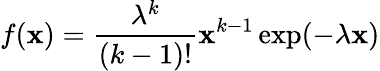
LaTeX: f(\mathbf{x})={\frac{{\lambda^{k}}}{{(k-1)!}}}\mathbf{x}^{k-1}\exp(-\lambda\mathbf{x})